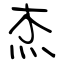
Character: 杰